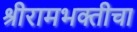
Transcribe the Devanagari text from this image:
श्रीरामभक्तीचा